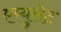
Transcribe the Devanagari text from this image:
एम्युलेट